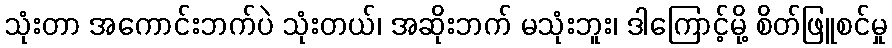
သုံးတာ အကောင်းဘက်ပဲ သုံးတယ်၊ အဆိုးဘက် မသုံးဘူး၊ ဒါကြောင့်မို့ စိတ်ဖြူစင်မှု